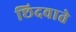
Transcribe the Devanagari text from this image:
छिदवाते